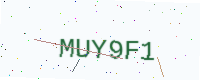
Text: MUY9F1